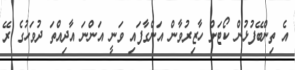
އެ ތިންބޭފުޅުން ކޯޓަށް ހާޒިރުވާން އަންގާފައި ވަނީ އަންނަ އާދިއްތަ ދުވަހުގެ ރޭ